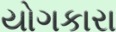
યોગકારા